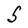
Character: S